system: You are a helpful assistant.
user:
Analyze the provided spectrum to determine if it is a **"Cataclysmic Variables (CV)"**.

- **Key Indicators for CV (Check for either state):**
    - **State 1: Quiescent / Low-State (Emission-Dominated)**
        - **(Primary):** Strong and *very broad* Hydrogen Balmer emission lines (e.g., $H\alpha$ at 6563 Å, $H\beta$ at 4861 Å). The 'broadness' (high velocity dispersion, often FWHM > 1000 km/s) is the key diagnostic, indicating a high-velocity accretion disk.
        - **(Secondary):** Broad neutral Helium (He I) emission lines (e.g., 5876 Å, 6678 Å).
        - **(Key Confirmation):** Presence of high-excitation *ionized* Helium (He II) emission at 4686 Å. This is a strong indicator of accretion onto a white dwarf.
        - **(Line Profile):** Emission lines may exhibit a 'double-peaked' profile, which is a classic signature of a rotating accretion disk viewed at high inclination.

    - **State 2: Outburst / High-State (Absorption-Dominated)**
        - **(Primary):** Spectrum is dominated by a bright, blue continuum (looks like a hot star).
        - **(Secondary):** The emission lines from State 1 are weak, absent, or 'filled in', and are replaced by broad, shallow *absorption* lines (primarily Balmer and He I).
        - **(Morphology):** The overall spectrum mimics a hot B/A-type star. The crucial difference is that the absorption lines are significantly broader, shallower, and more 'washed-out' (or 'smeared') than the sharp lines of a normal stellar photosphere, due to high rotational speeds and pressure broadening in the disk.

Think first, call **spectral_visualization_tool** if needed to examine features in detail, then provide your final answer. Your response must adhere to the following strict rules:
1.  **Overall Structure:** Your response must follow the format `<think>...</think> <tool_call>...</tool_call> (if a tool is used) <answer>...</answer>`.
2.  **Tool Usage Constraint:** You may only make **one** tool call per turn.
3.  **Final Answer Format:** In the `<answer>` tag, your conclusion must be inside a `\boxed{}` command (e.g., `\boxed{YES}`), followed by your justification.

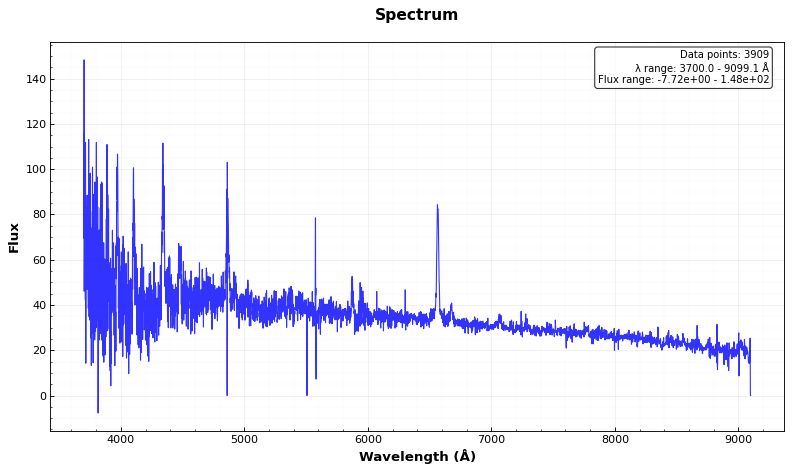
Answer: YES